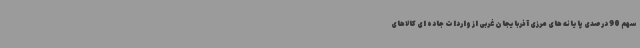
سهم 90 درصدی پایانه های مرزی آذربایجان غربی از واردات جاده ای کالاهای